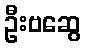
ဦးဗဆွေ